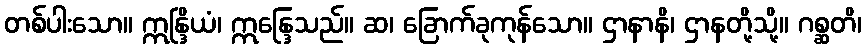
တစ်ပါးသော။ ဣန္ဒြိယံ၊ ဣန္ဒြေသည်။ ဆ၊ ခြောက်ခုကုန်သော။ ဌာနာနိ၊ ဌာနတို့သို့။ ဂစ္ဆတိ၊